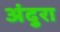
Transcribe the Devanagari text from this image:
अंदुरा